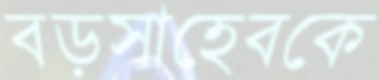
বড়সাহেবকে